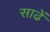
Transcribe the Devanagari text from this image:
साढें